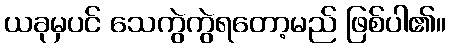
ယခုမှပင် သေကွဲကွဲရတော့မည် ဖြစ်ပါ၏။